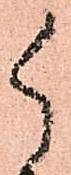
御